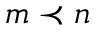
m \prec n